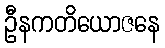
ဦနကတိယောဇနေ